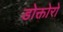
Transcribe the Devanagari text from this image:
डोक्तोरो